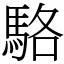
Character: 駱